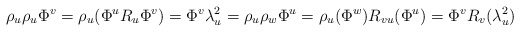
\begin{align*}\rho_u\rho_u\Phi^v=\rho_u(\Phi^u R_u\Phi^v)=\Phi^v\lambda_u^2=\rho_u\rho_w\Phi^u=\rho_u(\Phi^w)R_{vu}(\Phi^u)=\Phi^vR_v(\lambda_u^2)\end{align*}